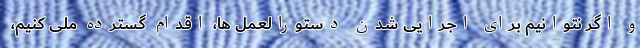
و اگر نتوانیم برای اجرایی شدن دستورالعمل ها، اقدام گسترده ملی کنیم،